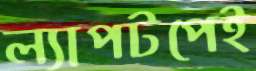
ল্যাপটপেই